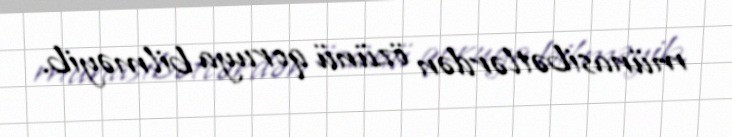
münasibətlərdən özünü qoruya bilməyib.